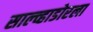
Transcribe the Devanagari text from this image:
साल्व्हाडोरला